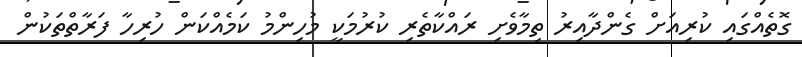
ގޮތެއްގައި ކުރިއަށް ގެންދާއިރު ތިމާވެށި ރައްކާތެރި ކުރުމަކީ މުހިންމު ކަމެއްކަން ހުރިހާ ފަރާތްތަކުން